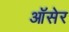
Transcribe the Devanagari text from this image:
ऑसेर